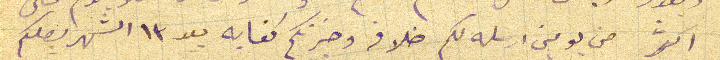
اكثر من يومين ارسله لكم خلافه وخبرتكم كفايه بعد ١٣ الشهر يصلكم